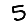
Digit: 5